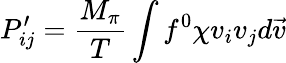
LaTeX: P_{ij}^{\prime}=\frac{M_{\pi}}{T}\int f^{0}\chi v_{i}v_{j}d\vec{v}